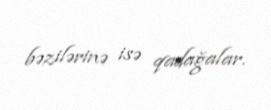
bəzilərinə isə qadağalar.